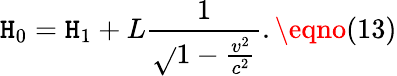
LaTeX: \mathtt{H}_{0}=\mathtt{H}_{1}+L\frac{{1}}{{\sqrt{}{{1-\frac{{v^{2}}}{{c^{2}}}}}}}.\eqno(13)